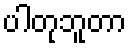
ပါတုဘူတာ